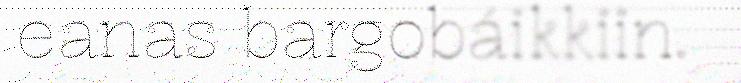
eanas bargobáikkiin.